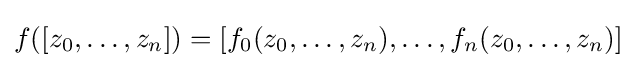
f([z_{0},\ldots ,z_{n}])=[f_{0}(z_{0},\ldots ,z_{n}),\ldots ,f_{n}(z_{0},\ldots ,z_{n})]